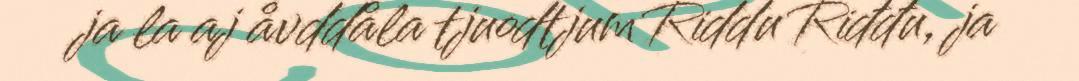
ja la aj åvddåla tjuodtjum Riddu Riđđu, ja